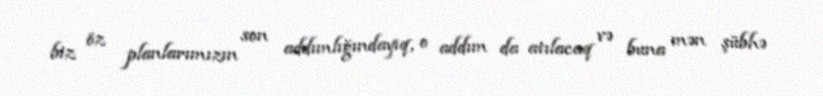
biz öz planlarımızın son addımlığındayıq, o addım da atılacaq və buna mən şübhə